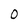
Character: 0